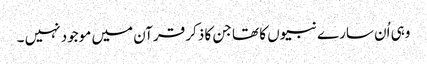
وہی اُن سارے نبیوں کا تھا جن کا ذکر قرآن میں موجود نہیں ۔